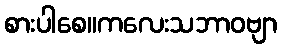
စားပါစေ။ကလေးသဘာဝဗျာ